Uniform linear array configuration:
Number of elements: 48
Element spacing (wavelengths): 1
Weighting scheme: hann
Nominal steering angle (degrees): -30
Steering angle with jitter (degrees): -28.168
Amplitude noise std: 0.05
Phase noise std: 0.05

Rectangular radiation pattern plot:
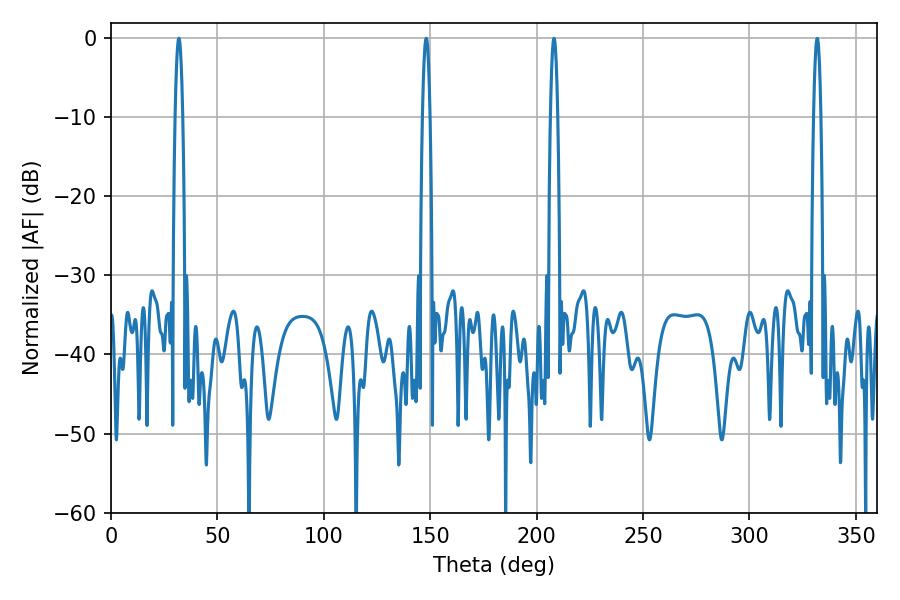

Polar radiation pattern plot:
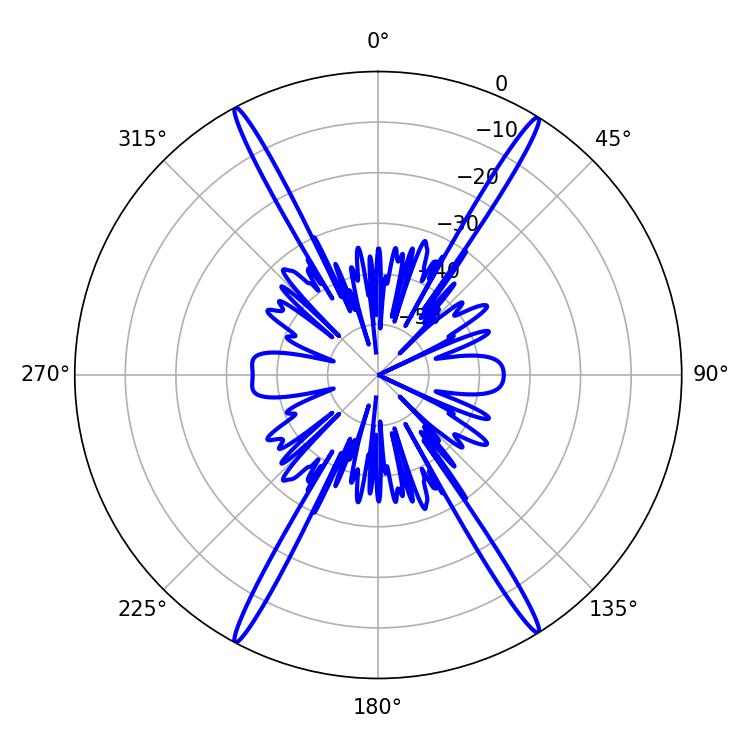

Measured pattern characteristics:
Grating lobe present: TRUE
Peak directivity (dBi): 25.622
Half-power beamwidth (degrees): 1.8
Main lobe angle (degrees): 148.14